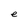
Character: e